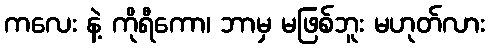
ကလေး နဲ့ ကိုရီကော၊ ဘာမှ မဖြစ်ဘူး မဟုတ်လား